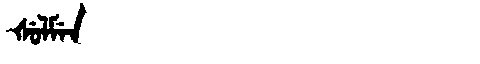
Manchu: ᡧᡠᠯᠮᡝᠨ
Romanization: ŠULMEN